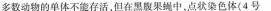
多数动物的单体不能存活，但在黑腹果蝇中，点状染色体(4号